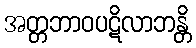
အတ္တဘာဝပဋိလာဘန္တိ